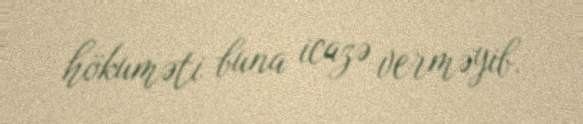
hökuməti buna icazə verməyib.